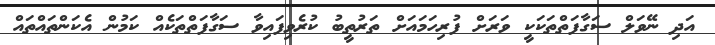
އަދި ނޭވަލް ސަގާފަތްތަކަކީ ވަރަށް ފުރިހަމައަށް ތަރުތީބު ކުރެވިފައިވާ ސަގާފަތްތަކެއް ކަމުން އެކަންތައްތައް